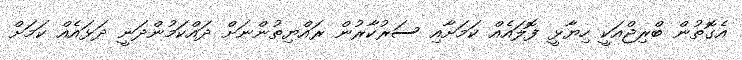
އެގޮތުން ބްރިޖްއަކީ ހިޔާޅީ ފޮލައެއް ކަމަށާއި ސަރުކާރުން ރައްޔިތުންނަށް ދައްކަމުންދަނީ ދަޅައެއް ކަމަށް